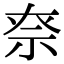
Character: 𥘾